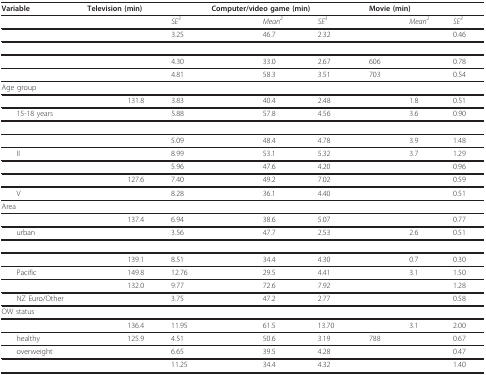
<table><thead><tr><td><b>Variable</b></td><td colspan="3"><b>Television (min)</b></td><td colspan="3"><b>Computer/video game (min)</b></td><td colspan="3"><b>Movie (min)</b></td></tr></thead><tbody><tr><td>[EMPTY_CELL]</td><td>[EMPTY_CELL]</td><td>[EMPTY_CELL]</td><td><i>SE<sup>3</sup></i></td><td>[EMPTY_CELL]</td><td><i>Mean<sup>2</sup></i></td><td><i>SE<sup>3</sup></i></td><td>[EMPTY_CELL]</td><td><i>Mean<sup>2</sup></i></td><td><i>SE<sup>3</sup></i></td></tr><tr><td>[EMPTY_CELL]</td><td>[EMPTY_CELL]</td><td>[EMPTY_CELL]</td><td>3.25</td><td>[EMPTY_CELL]</td><td>46.7</td><td>2.32</td><td>[EMPTY_CELL]</td><td>[EMPTY_CELL]</td><td>0.46</td></tr><tr><td>[EMPTY_CELL]</td><td>[EMPTY_CELL]</td><td>[EMPTY_CELL]</td><td>[EMPTY_CELL]</td><td>[EMPTY_CELL]</td><td>[EMPTY_CELL]</td><td>[EMPTY_CELL]</td><td>[EMPTY_CELL]</td><td>[EMPTY_CELL]</td><td>[EMPTY_CELL]</td></tr><tr><td>[EMPTY_CELL]</td><td>[EMPTY_CELL]</td><td>[EMPTY_CELL]</td><td>4.30</td><td>[EMPTY_CELL]</td><td>33.0</td><td>2.67</td><td>606</td><td>[EMPTY_CELL]</td><td>0.78</td></tr><tr><td>[EMPTY_CELL]</td><td>[EMPTY_CELL]</td><td>[EMPTY_CELL]</td><td>4.81</td><td>[EMPTY_CELL]</td><td>58.3</td><td>3.51</td><td>703</td><td>[EMPTY_CELL]</td><td>0.54</td></tr><tr><td>Age group</td><td>[EMPTY_CELL]</td><td>[EMPTY_CELL]</td><td>[EMPTY_CELL]</td><td>[EMPTY_CELL]</td><td>[EMPTY_CELL]</td><td>[EMPTY_CELL]</td><td>[EMPTY_CELL]</td><td>[EMPTY_CELL]</td><td>[EMPTY_CELL]</td></tr><tr><td>[EMPTY_CELL]</td><td>[EMPTY_CELL]</td><td>131.8</td><td>3.83</td><td>[EMPTY_CELL]</td><td>40.4</td><td>2.48</td><td>[EMPTY_CELL]</td><td>1.8</td><td>0.51</td></tr><tr><td> 15-18 years</td><td>[EMPTY_CELL]</td><td>[EMPTY_CELL]</td><td>5.88</td><td>[EMPTY_CELL]</td><td>57.8</td><td>4.56</td><td>[EMPTY_CELL]</td><td>3.6</td><td>0.90</td></tr><tr><td>[EMPTY_CELL]</td><td>[EMPTY_CELL]</td><td>[EMPTY_CELL]</td><td>[EMPTY_CELL]</td><td>[EMPTY_CELL]</td><td>[EMPTY_CELL]</td><td>[EMPTY_CELL]</td><td>[EMPTY_CELL]</td><td>[EMPTY_CELL]</td><td>[EMPTY_CELL]</td></tr><tr><td>[EMPTY_CELL]</td><td>[EMPTY_CELL]</td><td>[EMPTY_CELL]</td><td>5.09</td><td>[EMPTY_CELL]</td><td>48.4</td><td>4.78</td><td>[EMPTY_CELL]</td><td>3.9</td><td>1.48</td></tr><tr><td> II</td><td>[EMPTY_CELL]</td><td>[EMPTY_CELL]</td><td>8.99</td><td>[EMPTY_CELL]</td><td>53.1</td><td>5.32</td><td>[EMPTY_CELL]</td><td>3.7</td><td>1.29</td></tr><tr><td>[EMPTY_CELL]</td><td>[EMPTY_CELL]</td><td>[EMPTY_CELL]</td><td>5.96</td><td>[EMPTY_CELL]</td><td>47.6</td><td>4.20</td><td>[EMPTY_CELL]</td><td>[EMPTY_CELL]</td><td>0.96</td></tr><tr><td>[EMPTY_CELL]</td><td>[EMPTY_CELL]</td><td>127.6</td><td>7.40</td><td>[EMPTY_CELL]</td><td>49.2</td><td>7.02</td><td>[EMPTY_CELL]</td><td>[EMPTY_CELL]</td><td>0.59</td></tr><tr><td> V</td><td>[EMPTY_CELL]</td><td>[EMPTY_CELL]</td><td>8.28</td><td>[EMPTY_CELL]</td><td>36.1</td><td>4.40</td><td>[EMPTY_CELL]</td><td>[EMPTY_CELL]</td><td>0.51</td></tr><tr><td>Area</td><td>[EMPTY_CELL]</td><td>[EMPTY_CELL]</td><td>[EMPTY_CELL]</td><td>[EMPTY_CELL]</td><td>[EMPTY_CELL]</td><td>[EMPTY_CELL]</td><td>[EMPTY_CELL]</td><td>[EMPTY_CELL]</td><td>[EMPTY_CELL]</td></tr><tr><td>[EMPTY_CELL]</td><td>[EMPTY_CELL]</td><td>137.4</td><td>6.94</td><td>[EMPTY_CELL]</td><td>38.6</td><td>5.07</td><td>[EMPTY_CELL]</td><td>[EMPTY_CELL]</td><td>0.77</td></tr><tr><td> urban</td><td>[EMPTY_CELL]</td><td>[EMPTY_CELL]</td><td>3.56</td><td>[EMPTY_CELL]</td><td>47.7</td><td>2.53</td><td>[EMPTY_CELL]</td><td>2.6</td><td>0.51</td></tr><tr><td>[EMPTY_CELL]</td><td>[EMPTY_CELL]</td><td>[EMPTY_CELL]</td><td>[EMPTY_CELL]</td><td>[EMPTY_CELL]</td><td>[EMPTY_CELL]</td><td>[EMPTY_CELL]</td><td>[EMPTY_CELL]</td><td>[EMPTY_CELL]</td><td>[EMPTY_CELL]</td></tr><tr><td>[EMPTY_CELL]</td><td>[EMPTY_CELL]</td><td>139.1</td><td>8.51</td><td>[EMPTY_CELL]</td><td>34.4</td><td>4.30</td><td>[EMPTY_CELL]</td><td>0.7</td><td>0.30</td></tr><tr><td> Pacific</td><td>[EMPTY_CELL]</td><td>149.8</td><td>12.76</td><td>[EMPTY_CELL]</td><td>29.5</td><td>4.41</td><td>[EMPTY_CELL]</td><td>3.1</td><td>1.50</td></tr><tr><td>[EMPTY_CELL]</td><td>[EMPTY_CELL]</td><td>132.0</td><td>9.77</td><td>[EMPTY_CELL]</td><td>72.6</td><td>7.92</td><td>[EMPTY_CELL]</td><td>[EMPTY_CELL]</td><td>1.28</td></tr><tr><td> NZ Euro/Other</td><td>[EMPTY_CELL]</td><td>[EMPTY_CELL]</td><td>3.75</td><td>[EMPTY_CELL]</td><td>47.2</td><td>2.77</td><td>[EMPTY_CELL]</td><td>[EMPTY_CELL]</td><td>0.58</td></tr><tr><td>OW status</td><td>[EMPTY_CELL]</td><td>[EMPTY_CELL]</td><td>[EMPTY_CELL]</td><td>[EMPTY_CELL]</td><td>[EMPTY_CELL]</td><td>[EMPTY_CELL]</td><td>[EMPTY_CELL]</td><td>[EMPTY_CELL]</td><td>[EMPTY_CELL]</td></tr><tr><td>[EMPTY_CELL]</td><td>[EMPTY_CELL]</td><td>136.4</td><td>11.95</td><td>[EMPTY_CELL]</td><td>61.5</td><td>13.70</td><td>[EMPTY_CELL]</td><td>3.1</td><td>2.00</td></tr><tr><td> healthy</td><td>[EMPTY_CELL]</td><td>125.9</td><td>4.51</td><td>[EMPTY_CELL]</td><td>50.6</td><td>3.19</td><td>788</td><td>[EMPTY_CELL]</td><td>0.67</td></tr><tr><td> overweight</td><td>[EMPTY_CELL]</td><td>[EMPTY_CELL]</td><td>6.65</td><td>[EMPTY_CELL]</td><td>39.5</td><td>4.28</td><td>[EMPTY_CELL]</td><td>[EMPTY_CELL]</td><td>0.47</td></tr><tr><td>[EMPTY_CELL]</td><td>[EMPTY_CELL]</td><td>[EMPTY_CELL]</td><td>11.25</td><td>[EMPTY_CELL]</td><td>34.4</td><td>4.32</td><td>[EMPTY_CELL]</td><td>[EMPTY_CELL]</td><td>1.40</td></tr></tbody></table>